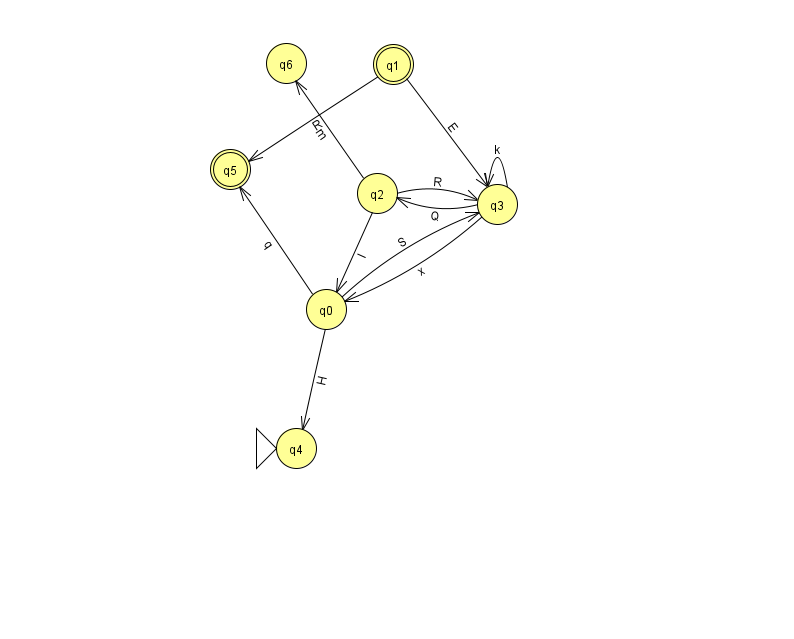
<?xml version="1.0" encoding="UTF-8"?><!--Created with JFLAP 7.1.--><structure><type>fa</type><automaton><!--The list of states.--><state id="0" name="q0"><x>326.0</x><y>296.0</y></state><state id="1" name="q1"><x>393.0</x><y>51.0</y><final/></state><state id="2" name="q2"><x>377.0</x><y>180.0</y></state><state id="3" name="q3"><x>497.0</x><y>191.0</y></state><state id="4" name="q4"><x>296.0</x><y>435.0</y><initial/></state><state id="5" name="q5"><x>230.0</x><y>156.0</y><final/></state><state id="6" name="q6"><x>286.0</x><y>50.0</y></state><!--The list of transitions.--><transition><from>0</from><to>4</to><read>H</read></transition><transition><from>0</from><to>3</to><read>S</read></transition><transition><from>0</from><to>5</to><read>q</read></transition><transition><from>2</from><to>0</to><read>I</read></transition><transition><from>1</from><to>3</to><read>E</read></transition><transition><from>2</from><to>3</to><read>R</read></transition><transition><from>3</from><to>0</to><read>x</read></transition><transition><from>3</from><to>2</to><read>Q</read></transition><transition><from>3</from><to>3</to><read>k</read></transition><transition><from>1</from><to>5</to><read>R</read></transition><transition><from>2</from><to>6</to><read>m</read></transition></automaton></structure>